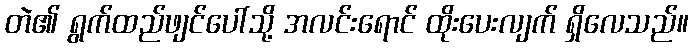
တဲ၏ ရွက်ထည်ဖျင်ပေါ်သို့ အလင်းရောင် ထိုးပေးလျက် ရှိလေသည်။